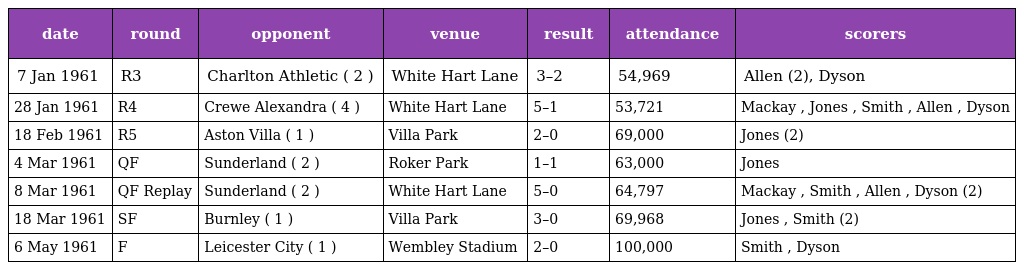
| date | round | opponent | venue | result | attendance | scorers |
 | --- | --- | --- | --- | --- | --- | --- |
 | 7 Jan 1961 | R3 | Charlton Athletic ( 2 ) | White Hart Lane | 3–2 | 54,969 | Allen (2), Dyson |
 | 28 Jan 1961 | R4 | Crewe Alexandra ( 4 ) | White Hart Lane | 5–1 | 53,721 | Mackay , Jones , Smith , Allen , Dyson |
 | 18 Feb 1961 | R5 | Aston Villa ( 1 ) | Villa Park | 2–0 | 69,000 | Jones (2) |
 | 4 Mar 1961 | QF | Sunderland ( 2 ) | Roker Park | 1–1 | 63,000 | Jones |
 | 8 Mar 1961 | QF Replay | Sunderland ( 2 ) | White Hart Lane | 5–0 | 64,797 | Mackay , Smith , Allen , Dyson (2) |
 | 18 Mar 1961 | SF | Burnley ( 1 ) | Villa Park | 3–0 | 69,968 | Jones , Smith (2) |
 | 6 May 1961 | F | Leicester City ( 1 ) | Wembley Stadium | 2–0 | 100,000 | Smith , Dyson |